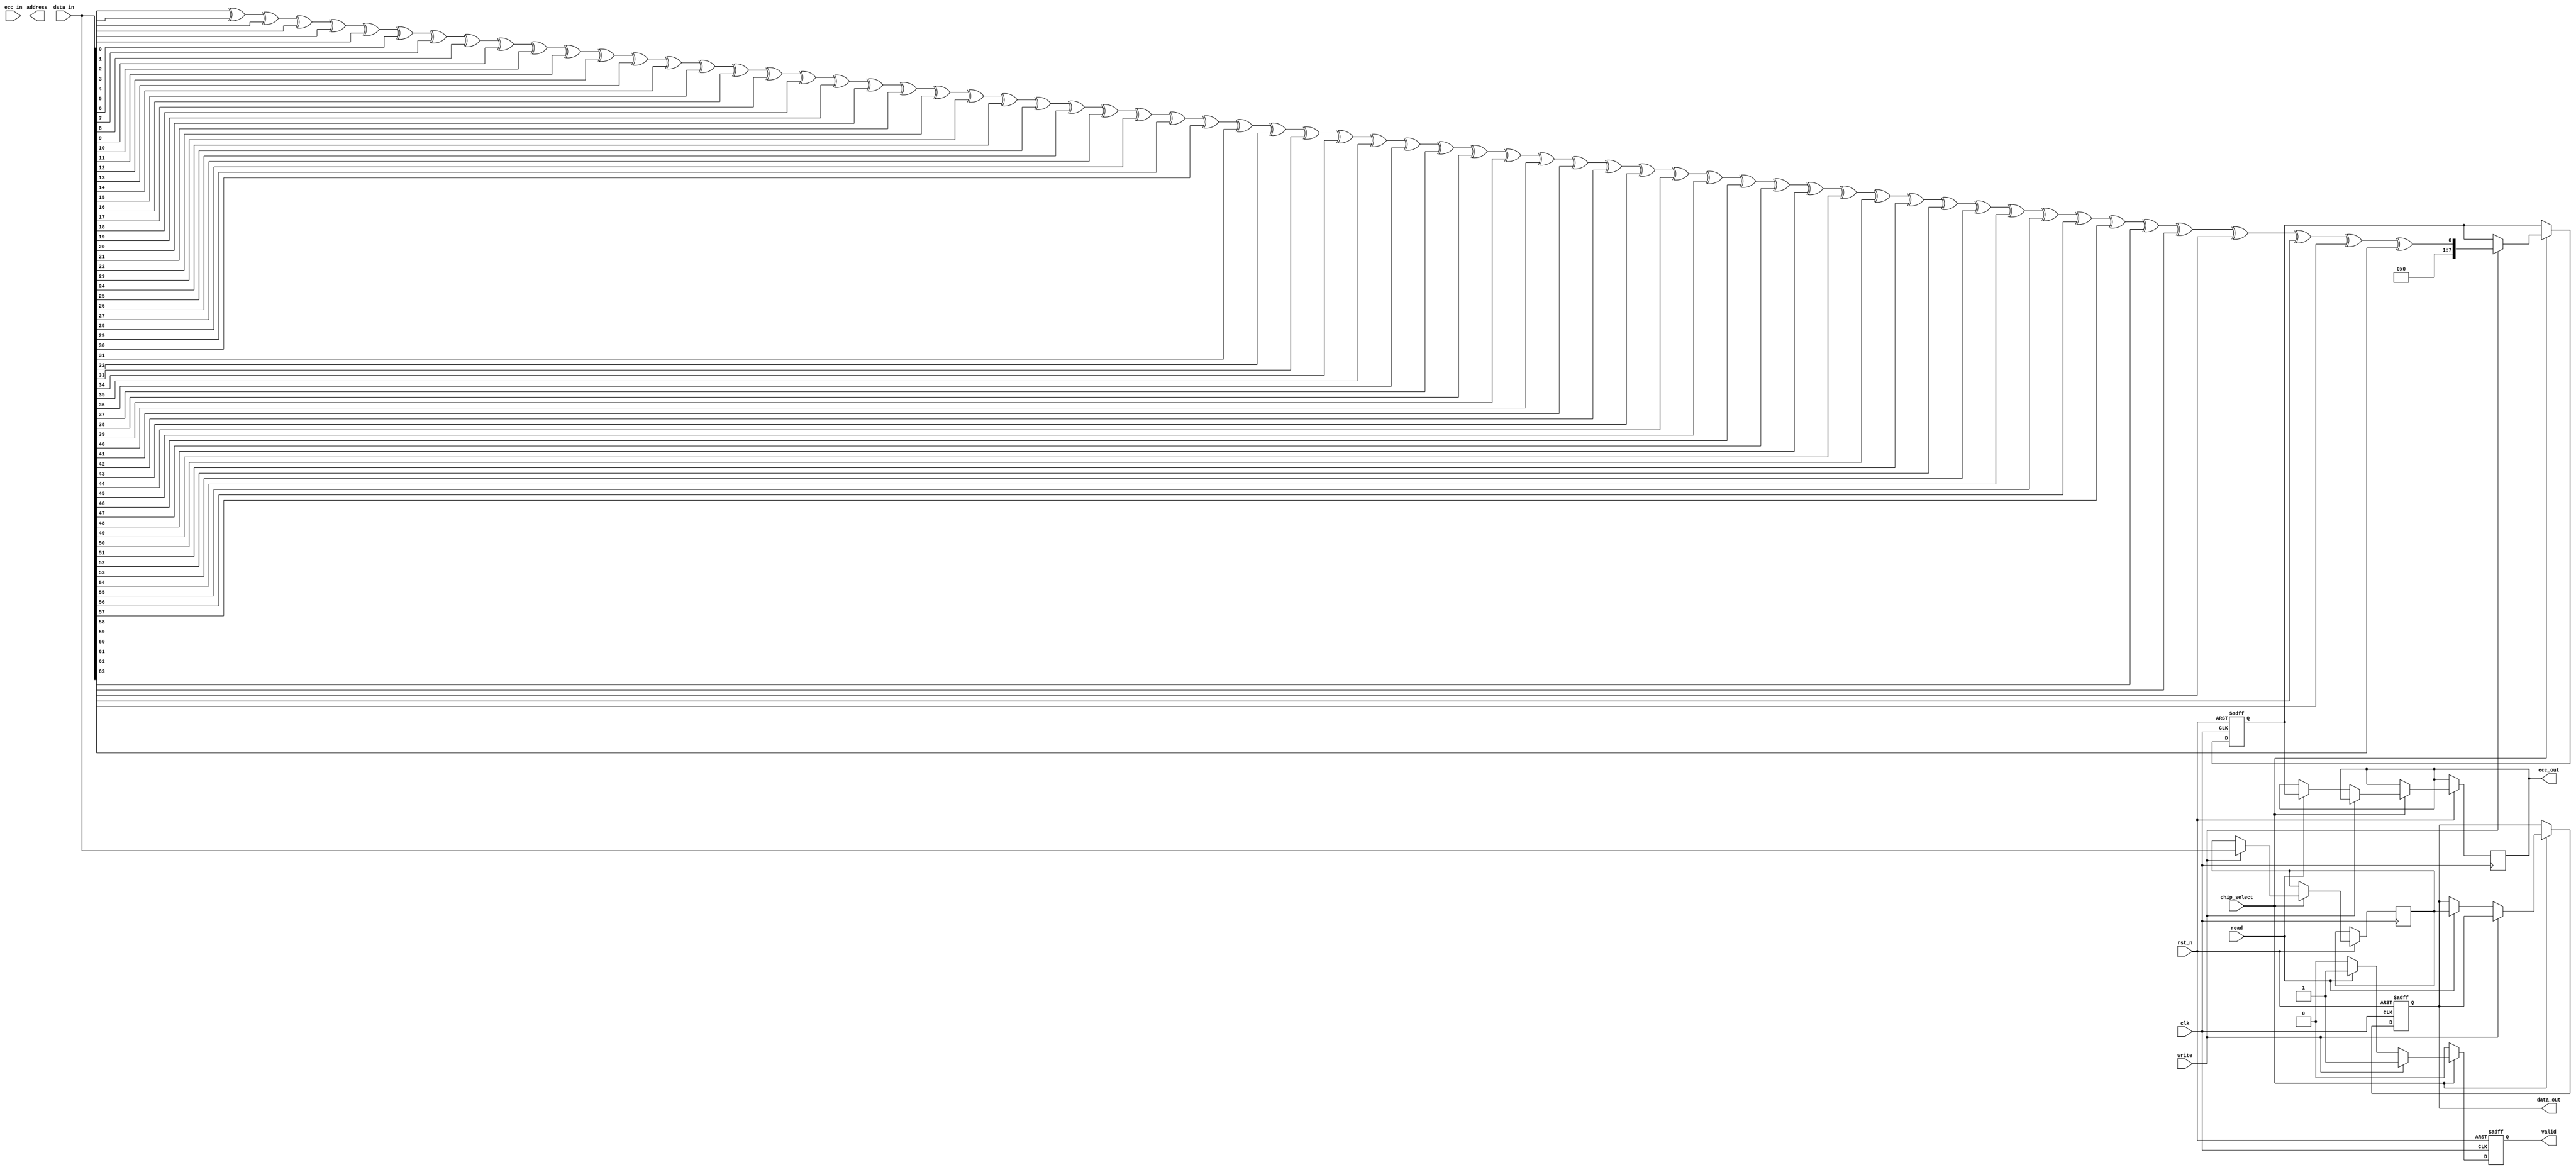
module IO_Block (
    input wire clk,                // System clock
    input wire rst_n,              // Active low reset
    input wire [DATA_WIDTH-1:0] data_in, // Data input
    output reg [DATA_WIDTH-1:0] data_out, // Data output
    input wire read,               // Read control signal
    input wire write,              // Write control signal
    input wire chip_select,        // Chip select signal
    output reg valid,              // Data valid signal
    output reg [ADDR_WIDTH-1:0] address, // Address bus
    output reg [ECC_WIDTH-1:0] ecc_out, // ECC output
    input wire [ECC_WIDTH-1:0] ecc_in // ECC input
);

parameter DATA_WIDTH = 64;        // Width of data bus
parameter ADDR_WIDTH = 16;        // Width of address bus
parameter ECC_WIDTH = 8;          // Width of ECC

reg [DATA_WIDTH-1:0] data_buffer; // Buffer for data
reg [ECC_WIDTH-1:0] ecc_buffer;    // Buffer for ECC

// Simple ECC logic (parity for demonstration)
function [ECC_WIDTH-1:0] calculate_ecc;
    input [DATA_WIDTH-1:0] data;
    integer i;
    begin
        calculate_ecc = 0;
        for (i = 0; i < DATA_WIDTH; i = i + 1) begin
            calculate_ecc = calculate_ecc ^ data[i]; // Simple parity
        end
    end
endfunction

// I/O operation
always @(posedge clk or negedge rst_n) begin
    if (!rst_n) begin
        data_out <= 0;
        valid <= 0;
        ecc_buffer <= 0;
    end else begin
        if (chip_select) begin
            if (write) begin
                data_buffer <= data_in; // Write data to buffer
                ecc_buffer <= calculate_ecc(data_in); // Calculate ECC
                valid <= 1; // Set valid signal
            end else if (read) begin
                data_out <= data_buffer; // Read data from buffer
                ecc_out <= ecc_buffer; // Output ECC
                valid <= 1; // Set valid signal
            end else begin
                valid <= 0; // Clear valid signal if no operation
            end
        end else begin
            valid <= 0; // Clear valid signal if chip is not selected
        end
    end
end

endmodule